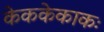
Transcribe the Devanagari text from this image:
केककेकाकः